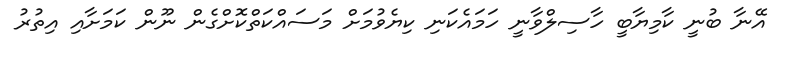
އޭނާ ބުނީ ކާމިޔާބީ ހާސިލްވާނީ ހަމައެކަނި ކިޔެވުމަށް މަސައްކަތްކޮށްގެން ނޫން ކަމަށާއި އިތުރު